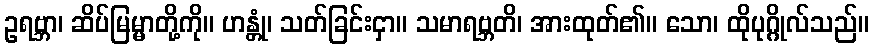
ဥရဗ္ဘာ၊ ဆိပ်မြမ္မာတို့ကို။ ဟန္တုံ၊ သတ်ခြင်းငှာ။ သမာရဗ္ဘတိ၊ အားထုတ်၏။ သော၊ ထိုပုဂ္ဂိုလ်သည်။